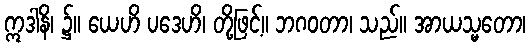
ဣဒါနိ၊ ၌။ ယေဟိ ပဒေဟိ၊ တို့ဖြင့်။ ဘဂဝတာ၊ သည်။ အာယသ္မတော၊